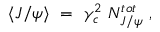
\langle J / \psi \rangle ~ = ~ \gamma _ { c } ^ { 2 } ~ N _ { J / \psi } ^ { t o t } ~ ,